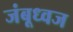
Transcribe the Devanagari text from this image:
जंबूध्वज